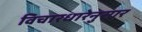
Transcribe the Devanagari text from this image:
विचारधारेनुसार